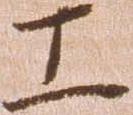
工